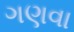
ગણવા